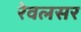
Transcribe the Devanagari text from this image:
रेवलसर